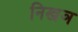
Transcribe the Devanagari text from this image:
निखञ